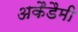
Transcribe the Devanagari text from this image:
अकैडैमी